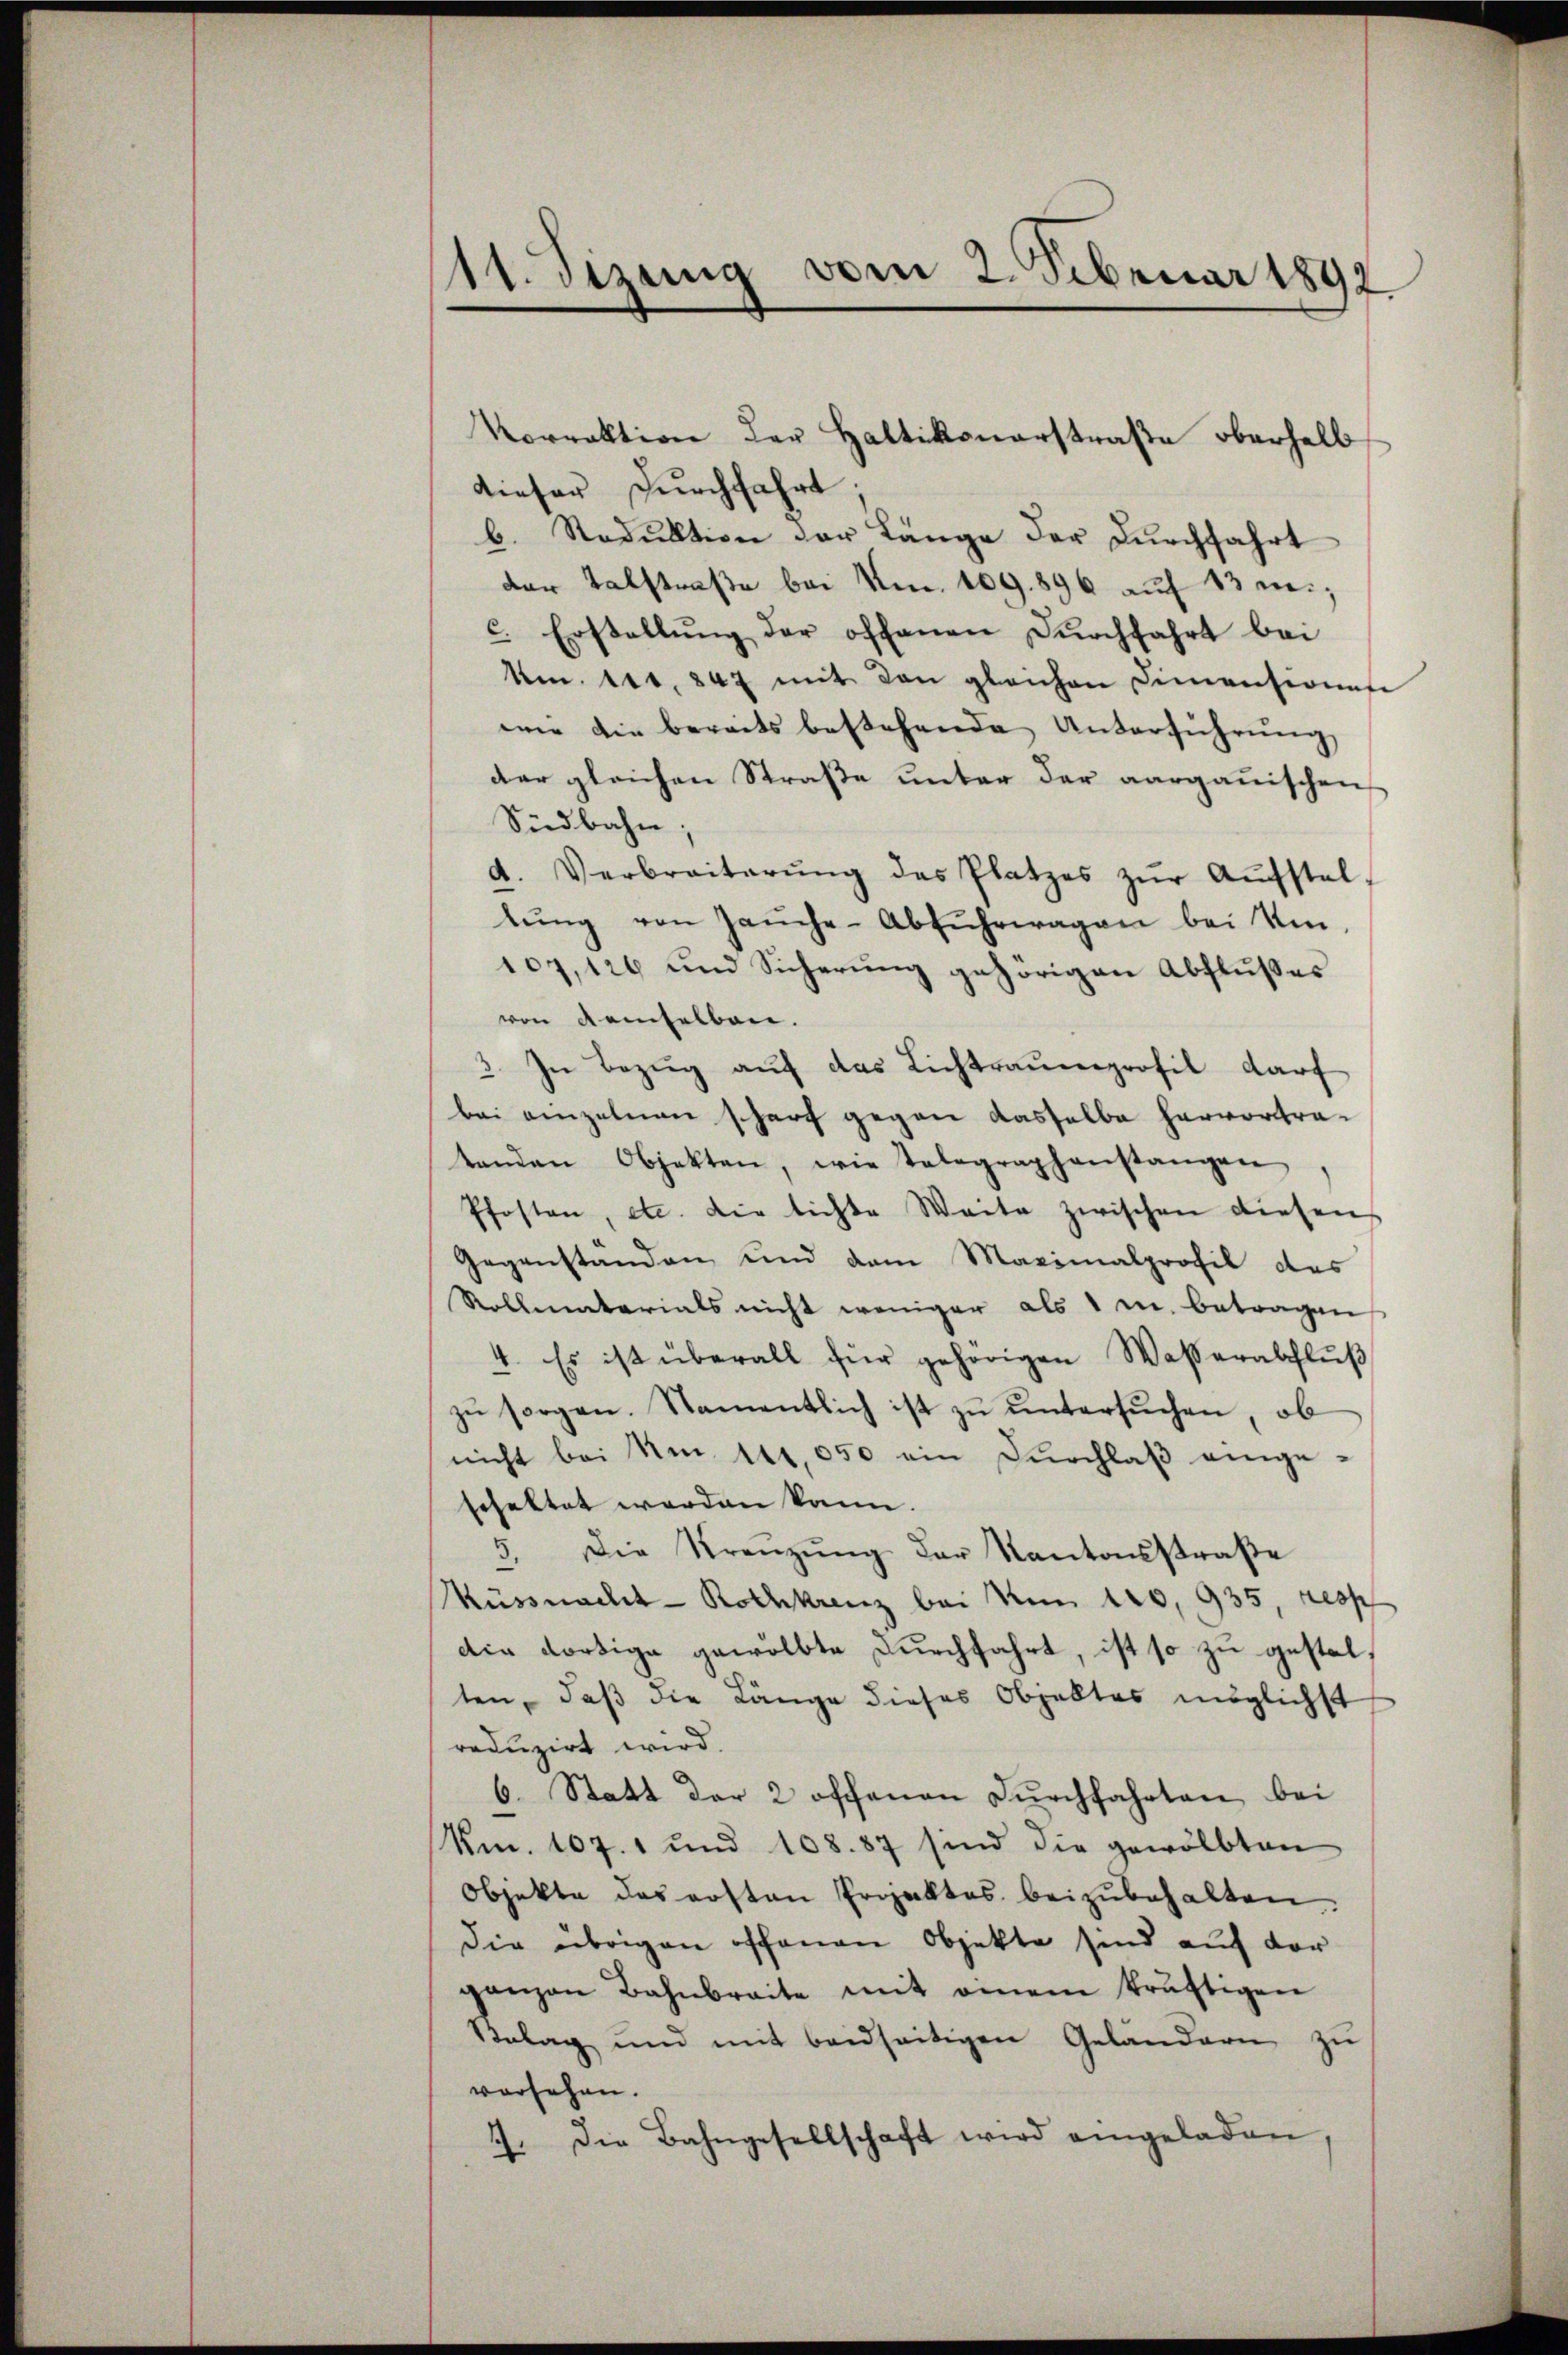
111. Sizung vom 2. Februar 1892

Vorrektion der Haltikonerstraße oberhalb
dieser durchfahrt;
b. Stadŭktion der Länge der Dŭrchfahrt
der Talstraße bei Am. 109. 896 auf 13 m.,
c. Erstellŭng der offenen Dŭrchfahrt bei
Am. 111. 847 mit den gleichen Dimensionese
wie die bereits bestehende Unterführung
der gleichen Straße unter der aargauischen
Südbahn:
d. Verbreiterŭng des Platzes zŭr Aŭfstel-
lŭng von Jaŭche-Abfŭhrwagen bei Um-
107,126 und Sicherung gehörigen Abflußes
von demselben.
3. In Bezug auf das Lichtrauenprofil darf
bei einzelnen scharf gegen dasselbe hervortratanden Objekten, wie talographanstangen
Pfosten, etc. die lichte Weite zwischen diesen
Gegenständen und dem Maximalprofil des
Rollentarials nicht weniger als 1 c. betragen
4. Es ist überall für gehörigen Wasserabflŭβ
zŭ sorgen. Namentlich ist zŭ ŭntersŭchen, ob
nicht bei Am. 141,050 ein Durchlaß eingeschaftet werden kann.
5. Die Krenzŭng der Kantonsstraβe
Küssnacht - Rothkrenz bei No 120, 935, resp
die dortige gewölbte Durchfahrt, ist so zu gestelten, daß die Länge dieses Objektes möglichst
reduzirt wird.
6. Statt der 2 offenen Durchfahrten, bei
Km. 107. 1 und 108. 87 sind die gewölbten
Objekte des ersten Projektes beizŭbehalten.
Die übrigen offenen Objekte sind auf der
ganzen Bahnbreite mit einem kräftigen
Belag und mit beidseitigen Geländern zŭ
vorsehen.
7. Die Bahngesellschaft wird eingeladen